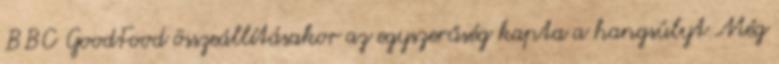
BBC GoodFood összeállításakor az egyszerűség kapta a hangsúlyt Még